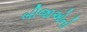
બીજાઓનો